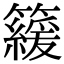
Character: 𥶍